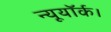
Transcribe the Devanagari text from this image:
न्यूयॉर्क।